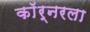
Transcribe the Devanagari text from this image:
काॅर्नरला